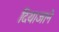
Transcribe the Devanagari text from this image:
दियाजाने